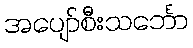
အပျော်စီးသင်္ဘော